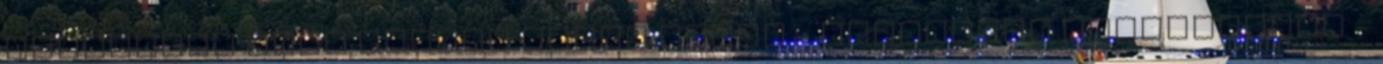
tisztítás után érkező inert anyag - biológiai lebontásból -